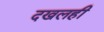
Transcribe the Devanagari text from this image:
दखलही